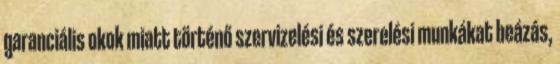
garanciális okok miatt történő szervizelési és szerelési munkákat beázás,